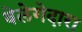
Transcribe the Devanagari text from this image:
वेलेगेदारा